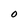
Character: O